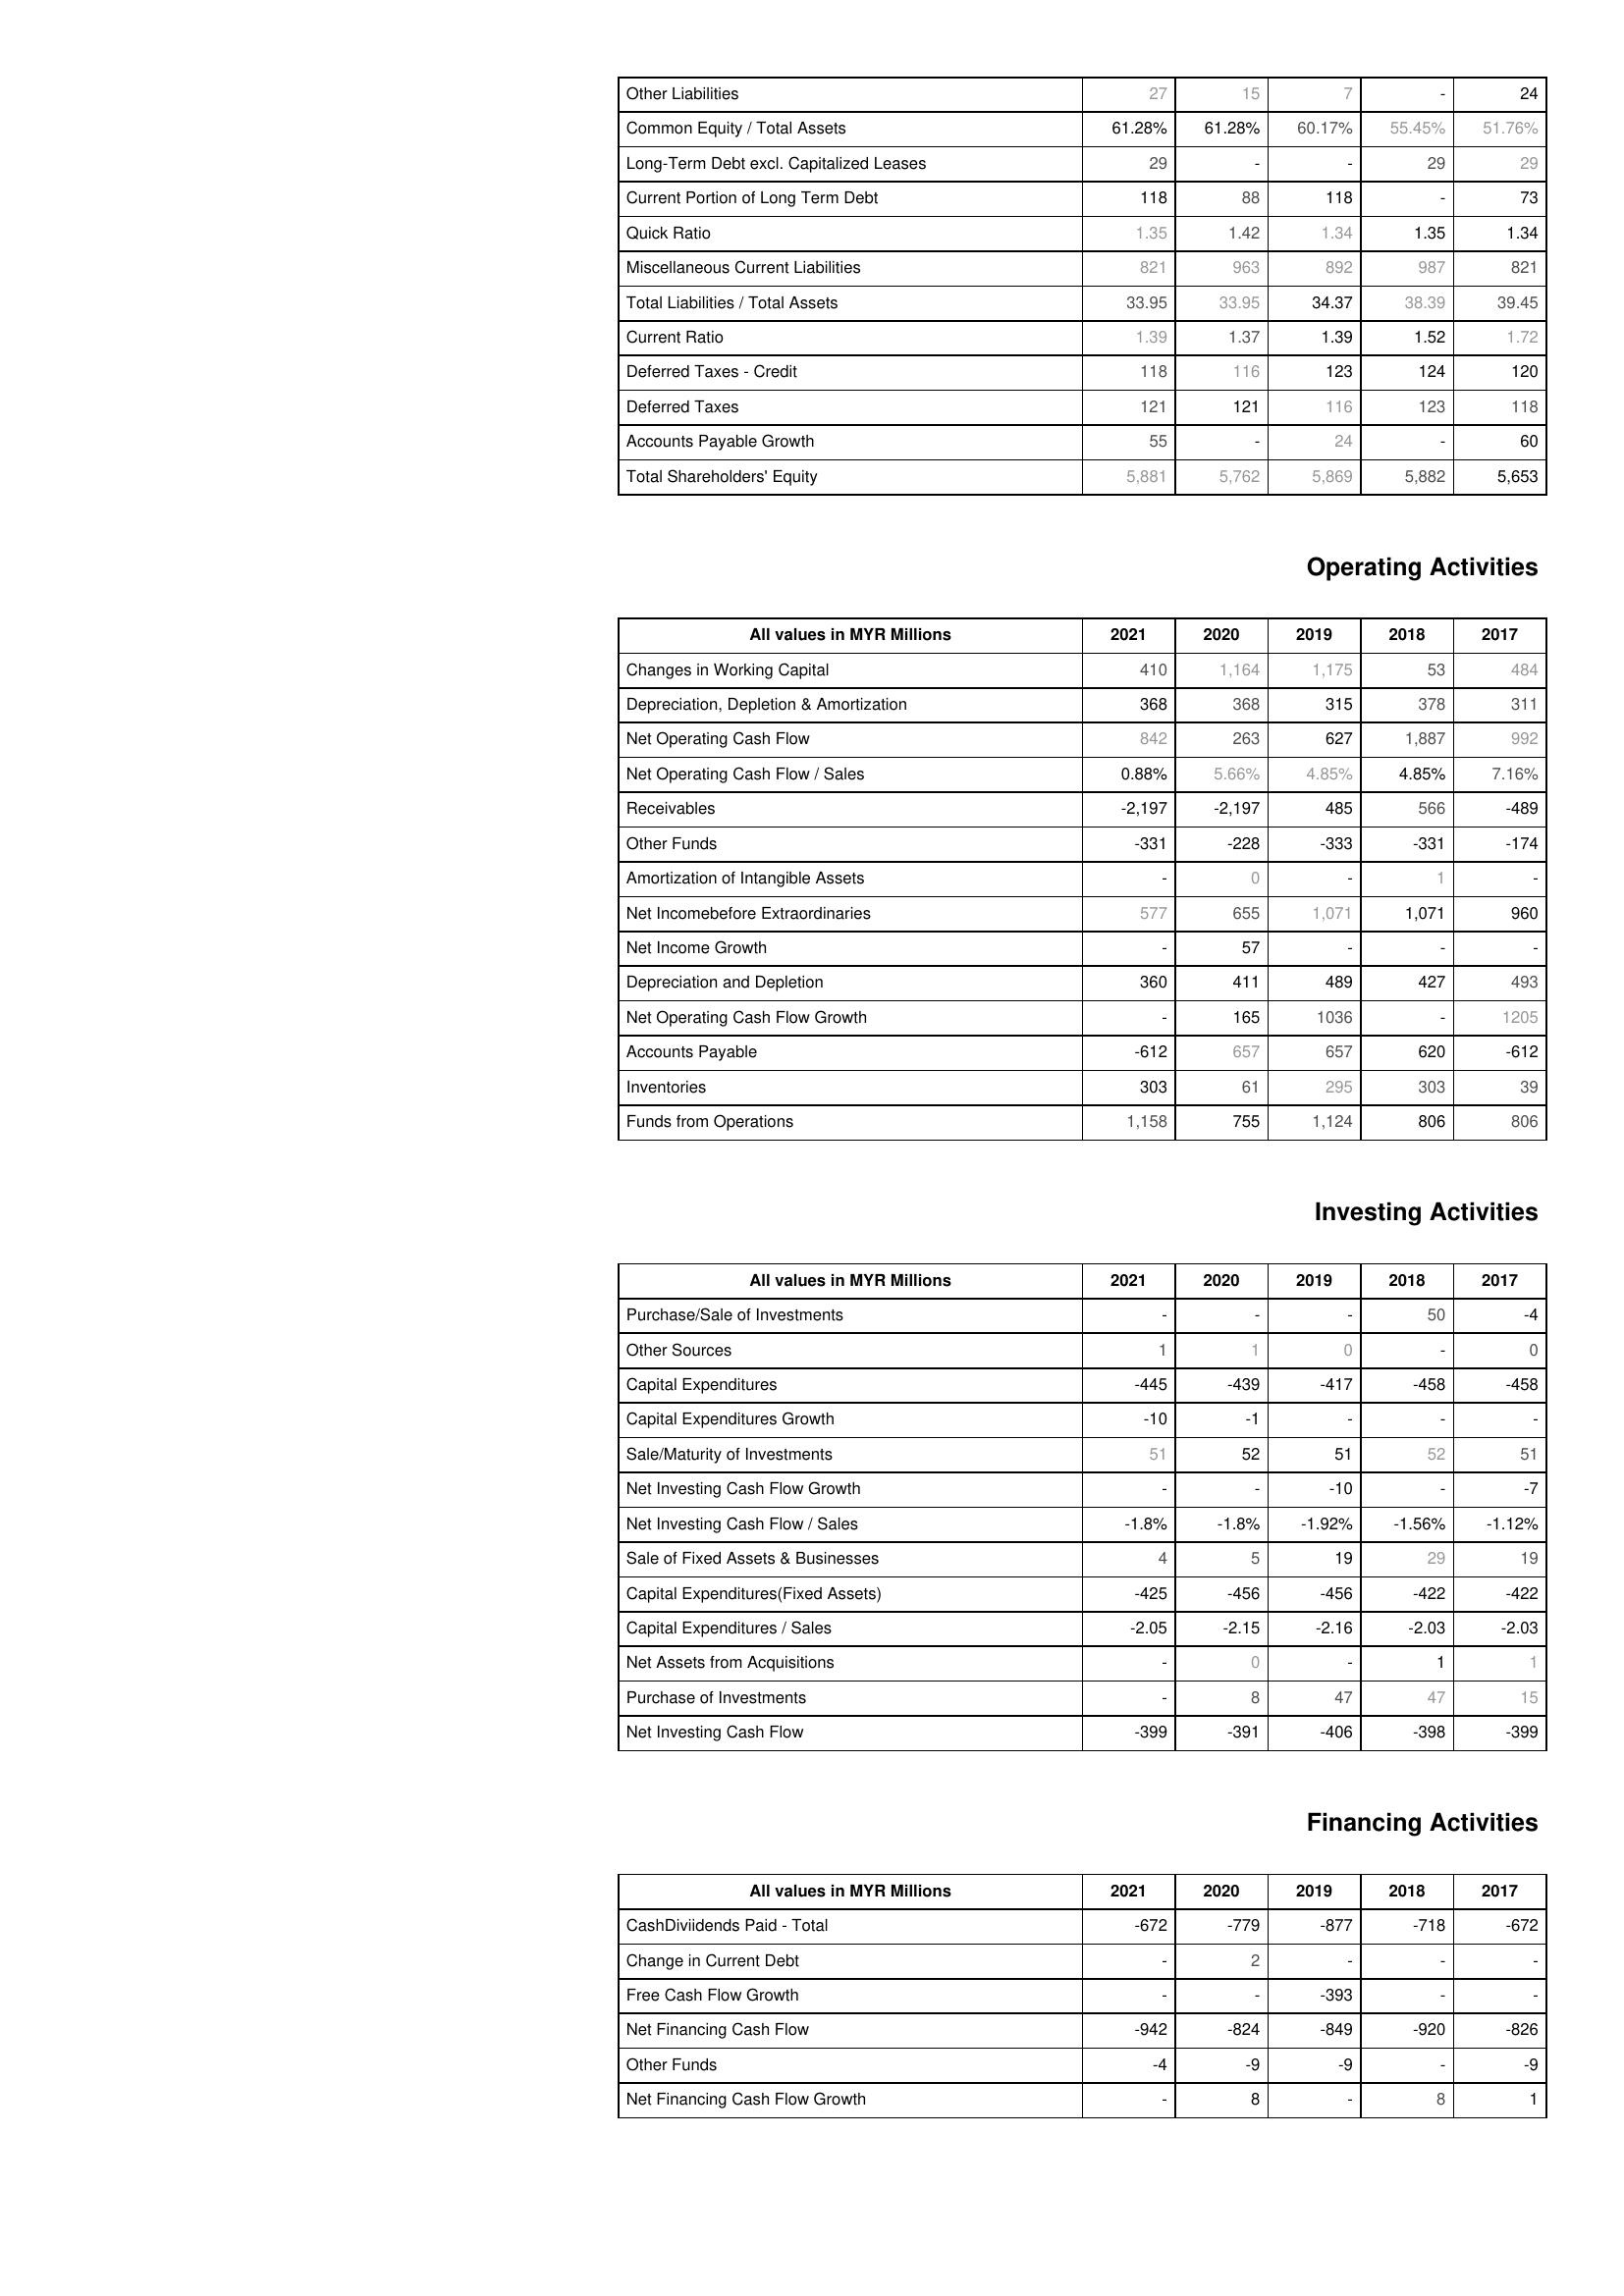
2021: Liabilities & Shareholder's Equity: Other Liabilities: 27
Common Equity / Total Assets: 61.28%
Long-Term Debt excl. Capitalized Leases: 29
Current Portion of Long Term Debt: 118
Quick Ratio: 1.35
Miscellaneous Current Liabilities: 821
Total Liabilities / Total Assets: 33.95
Current Ratio: 1.39
Deferred Taxes - Credit: 118
Deferred Taxes: 121
Accounts Payable Growth: 55
Total Shareholders' Equity: 5,881
Operating Activities: Changes in Working Capital: 410
Depreciation, Depletion & Amortization: 368
Net Operating Cash Flow: 842
Net Operating Cash Flow / Sales: 0.88%
Receivables: -2,197
Other Funds: -331
Amortization of Intangible Assets: -
Net Incomebefore Extraordinaries: 577
Net Income Growth: -
Depreciation and Depletion: 360
Net Operating Cash Flow Growth: -
Accounts Payable: -612
Inventories: 303
Funds from Operations: 1,158
Investing Activities: Purchase/Sale of Investments: -
Other Sources: 1
Capital Expenditures: -445
Capital Expenditures Growth: -10
Sale/Maturity of Investments: 51
Net Investing Cash Flow Growth: -
Net Investing Cash Flow / Sales: -1.8%
Sale of Fixed Assets & Businesses: 4
Capital Expenditures(Fixed Assets): -425
Capital Expenditures / Sales: -2.05
Net Assets from Acquisitions: -
Purchase of Investments: -
Net Investing Cash Flow: -399
Financing Activities: CashDiviidends Paid - Total: -672
Change in Current Debt: -
Free Cash Flow Growth: -
Net Financing Cash Flow: -942
Other Funds: -4
Net Financing Cash Flow Growth: -
2020: Liabilities & Shareholder's Equity: Other Liabilities: 15
Common Equity / Total Assets: 61.28%
Long-Term Debt excl. Capitalized Leases: -
Current Portion of Long Term Debt: 88
Quick Ratio: 1.42
Miscellaneous Current Liabilities: 963
Total Liabilities / Total Assets: 33.95
Current Ratio: 1.37
Deferred Taxes - Credit: 116
Deferred Taxes: 121
Accounts Payable Growth: -
Total Shareholders' Equity: 5,762
Operating Activities: Changes in Working Capital: 1,164
Depreciation, Depletion & Amortization: 368
Net Operating Cash Flow: 263
Net Operating Cash Flow / Sales: 5.66%
Receivables: -2,197
Other Funds: -228
Amortization of Intangible Assets: 0
Net Incomebefore Extraordinaries: 655
Net Income Growth: 57
Depreciation and Depletion: 411
Net Operating Cash Flow Growth: 165
Accounts Payable: 657
Inventories: 61
Funds from Operations: 755
Investing Activities: Purchase/Sale of Investments: -
Other Sources: 1
Capital Expenditures: -439
Capital Expenditures Growth: -1
Sale/Maturity of Investments: 52
Net Investing Cash Flow Growth: -
Net Investing Cash Flow / Sales: -1.8%
Sale of Fixed Assets & Businesses: 5
Capital Expenditures(Fixed Assets): -456
Capital Expenditures / Sales: -2.15
Net Assets from Acquisitions: 0
Purchase of Investments: 8
Net Investing Cash Flow: -391
Financing Activities: CashDiviidends Paid - Total: -779
Change in Current Debt: 2
Free Cash Flow Growth: -
Net Financing Cash Flow: -824
Other Funds: -9
Net Financing Cash Flow Growth: 8
2019: Liabilities & Shareholder's Equity: Other Liabilities: 7
Common Equity / Total Assets: 60.17%
Long-Term Debt excl. Capitalized Leases: -
Current Portion of Long Term Debt: 118
Quick Ratio: 1.34
Miscellaneous Current Liabilities: 892
Total Liabilities / Total Assets: 34.37
Current Ratio: 1.39
Deferred Taxes - Credit: 123
Deferred Taxes: 116
Accounts Payable Growth: 24
Total Shareholders' Equity: 5,869
Operating Activities: Changes in Working Capital: 1,175
Depreciation, Depletion & Amortization: 315
Net Operating Cash Flow: 627
Net Operating Cash Flow / Sales: 4.85%
Receivables: 485
Other Funds: -333
Amortization of Intangible Assets: -
Net Incomebefore Extraordinaries: 1,071
Net Income Growth: -
Depreciation and Depletion: 489
Net Operating Cash Flow Growth: 1036
Accounts Payable: 657
Inventories: 295
Funds from Operations: 1,124
Investing Activities: Purchase/Sale of Investments: -
Other Sources: 0
Capital Expenditures: -417
Capital Expenditures Growth: -
Sale/Maturity of Investments: 51
Net Investing Cash Flow Growth: -10
Net Investing Cash Flow / Sales: -1.92%
Sale of Fixed Assets & Businesses: 19
Capital Expenditures(Fixed Assets): -456
Capital Expenditures / Sales: -2.16
Net Assets from Acquisitions: -
Purchase of Investments: 47
Net Investing Cash Flow: -406
Financing Activities: CashDiviidends Paid - Total: -877
Change in Current Debt: -
Free Cash Flow Growth: -393
Net Financing Cash Flow: -849
Other Funds: -9
Net Financing Cash Flow Growth: -
2018: Liabilities & Shareholder's Equity: Other Liabilities: -
Common Equity / Total Assets: 55.45%
Long-Term Debt excl. Capitalized Leases: 29
Current Portion of Long Term Debt: -
Quick Ratio: 1.35
Miscellaneous Current Liabilities: 987
Total Liabilities / Total Assets: 38.39
Current Ratio: 1.52
Deferred Taxes - Credit: 124
Deferred Taxes: 123
Accounts Payable Growth: -
Total Shareholders' Equity: 5,882
Operating Activities: Changes in Working Capital: 53
Depreciation, Depletion & Amortization: 378
Net Operating Cash Flow: 1,887
Net Operating Cash Flow / Sales: 4.85%
Receivables: 566
Other Funds: -331
Amortization of Intangible Assets: 1
Net Incomebefore Extraordinaries: 1,071
Net Income Growth: -
Depreciation and Depletion: 427
Net Operating Cash Flow Growth: -
Accounts Payable: 620
Inventories: 303
Funds from Operations: 806
Investing Activities: Purchase/Sale of Investments: 50
Other Sources: -
Capital Expenditures: -458
Capital Expenditures Growth: -
Sale/Maturity of Investments: 52
Net Investing Cash Flow Growth: -
Net Investing Cash Flow / Sales: -1.56%
Sale of Fixed Assets & Businesses: 29
Capital Expenditures(Fixed Assets): -422
Capital Expenditures / Sales: -2.03
Net Assets from Acquisitions: 1
Purchase of Investments: 47
Net Investing Cash Flow: -398
Financing Activities: CashDiviidends Paid - Total: -718
Change in Current Debt: -
Free Cash Flow Growth: -
Net Financing Cash Flow: -920
Other Funds: -
Net Financing Cash Flow Growth: 8
2017: Liabilities & Shareholder's Equity: Other Liabilities: 24
Common Equity / Total Assets: 51.76%
Long-Term Debt excl. Capitalized Leases: 29
Current Portion of Long Term Debt: 73
Quick Ratio: 1.34
Miscellaneous Current Liabilities: 821
Total Liabilities / Total Assets: 39.45
Current Ratio: 1.72
Deferred Taxes - Credit: 120
Deferred Taxes: 118
Accounts Payable Growth: 60
Total Shareholders' Equity: 5,653
Operating Activities: Changes in Working Capital: 484
Depreciation, Depletion & Amortization: 311
Net Operating Cash Flow: 992
Net Operating Cash Flow / Sales: 7.16%
Receivables: -489
Other Funds: -174
Amortization of Intangible Assets: -
Net Incomebefore Extraordinaries: 960
Net Income Growth: -
Depreciation and Depletion: 493
Net Operating Cash Flow Growth: 1205
Accounts Payable: -612
Inventories: 39
Funds from Operations: 806
Investing Activities: Purchase/Sale of Investments: -4
Other Sources: 0
Capital Expenditures: -458
Capital Expenditures Growth: -
Sale/Maturity of Investments: 51
Net Investing Cash Flow Growth: -7
Net Investing Cash Flow / Sales: -1.12%
Sale of Fixed Assets & Businesses: 19
Capital Expenditures(Fixed Assets): -422
Capital Expenditures / Sales: -2.03
Net Assets from Acquisitions: 1
Purchase of Investments: 15
Net Investing Cash Flow: -399
Financing Activities: CashDiviidends Paid - Total: -672
Change in Current Debt: -
Free Cash Flow Growth: -
Net Financing Cash Flow: -826
Other Funds: -9
Net Financing Cash Flow Growth: 1